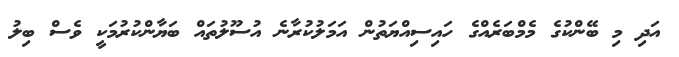
އަދި މި ބޭންކުގެ މެމްބަރެއްގެ ހައިސިއްޔަތުން އަމަލުކުރާނެ އުސޫލުތައް ބަޔާންކުރުމަކީ ވެސް ބިލު